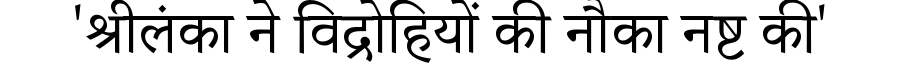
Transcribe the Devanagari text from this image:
'श्रीलंका ने विद्रोहियों की नौका नष्ट की'